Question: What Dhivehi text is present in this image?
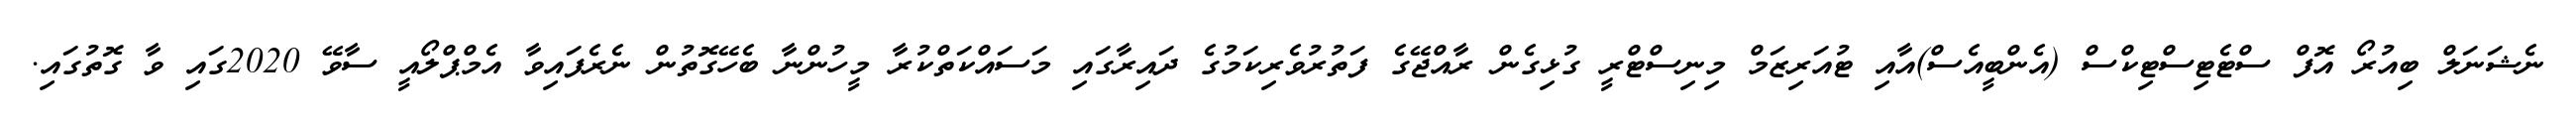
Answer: ނެޝަނަލް ބިއުރޯ އޮފް ސްޓެޓިސްޓިކްސް (އެންބީއެސް)އާއި ޓުއަރިޒަމް މިނިސްޓްރީ ގުޅިގެން ރާއްޖޭގެ ފަތުރުވެރިކަމުގެ ދައިރާގައި މަސައްކަތްކުރާ މީހުންނާ ބެހޭގޮތުން ނެރެފައިވާ އެމްޕްލޯއީ ސާވޭ 2020ގައި ވާ ގޮތުގައި.